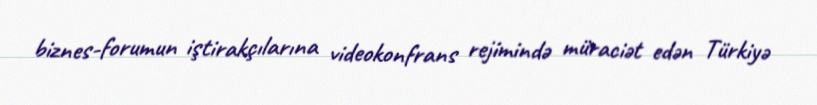
biznes-forumun iştirakçılarına videokonfrans rejimində müraciət edən Türkiyə